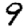
Digit: 9